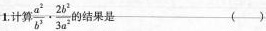
1.计算$$ \frac{a^{2}}{b^{3}}\cdot \frac{2b^{2}}{3a^{2}} $$的结果是 ()